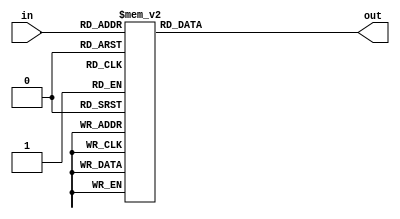
module gridPointsMem(in,out);

input [5:0] in;
output reg [15:0] out;

always @(*) begin
out = 16'd0;
case (in)

	'd0: out = 16'd32760;
	'd1: out = 16'd32723;
	'd2: out = 16'd32588;
	'd3: out = 16'd32364;
	'd4: out = 16'd32051;
	'd5: out = 16'd31651;
	'd6: out = 16'd31164;
	'd7: out = 16'd30591;
	'd8: out = 16'd29935;
	'd9: out = 16'd29196;
	'd10: out = 16'd28377;
	'd11: out = 16'd27481;
	'd12: out = 16'd26509;
	'd13: out = 16'd25465;
	'd14: out = 16'd24351;
	'd15: out = 16'd23170;
	'd16: out = 16'd21926;
	'd17: out = 16'd20621;
	'd18: out = 16'd19260;
	'd19: out = 16'd17846;  
	'd20: out = 16'd16384; 
	'd21: out = 16'd14876;
	'd22: out = 16'd13327;
	'd23: out = 16'd11743;
	'd24: out = 16'd10125;
	'd25: out = 16'd8480;
	'd26: out =	16'd6812;
	'd27: out = 16'd5126;
	'd28: out =	16'd3425;
	'd29: out = 16'd1714;
	'd30: out = 16'd0;	  
	'd31: out = ~(16'd1714)+1;
	'd32: out = ~(16'd3425)+1; 
	'd33: out = ~(16'd5126)+1;
	'd34: out =	~(16'd6812)+1;
	'd35: out =	~(16'd8480)+1;
	'd36: out = ~(16'd10125)+1;
	'd37: out =	~(16'd11743)+1;
	'd38: out = ~(16'd13327)+1;
	'd39: out =	~(16'd14876)+1;
	'd40: out =	~(16'd16384)+1;
	'd41: out = ~(16'd17846)+1;
	'd42: out =	~(16'd19260)+1;
	'd43: out =	~(16'd20621)+1;
	'd44: out = ~(16'd21926)+1;
	'd45: out =	~(16'd23170)+1;
	'd46: out =	~(16'd24351)+1;
	'd47: out =	~(16'd25465)+1;
	'd48: out =	~(16'd26509)+1;
	'd49: out =	~(16'd27481)+1;
	'd50: out =	~(16'd28377)+1;
	'd51: out = ~(16'd29196)+1;
	'd52: out =	~(16'd29935)+1;
	'd53: out =	~(16'd30591)+1;
	'd54: out =	~(16'd31164)+1;
	'd55: out =	~(16'd31651)+1;
	'd56: out =	~(16'd32051)+1;
	'd57: out = ~(16'd32364)+1;
	'd58: out = ~(16'd32588)+1;
	'd59: out =	~(16'd32723)+1;
	'd60: out = ~(16'd32760)+1;
endcase
end


endmodule